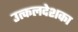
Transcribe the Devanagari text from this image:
उत्कलदेशका